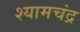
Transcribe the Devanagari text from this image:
श्यामचंद्र